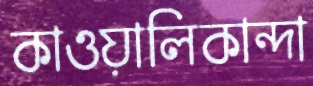
কাওয়ালিকান্দা